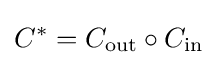
C^{*}=C_{\text{out}}\circ C_{\text{in}}